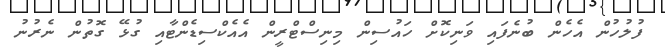
ފުލުހުން އެހެން ބުނެފައި ވަނިކޮށް ހައުސިން މިނިސްޓްރީން އެއެކްސިޑެންޓާއި ގުޅޭ ގޮތުން ނެރުނު